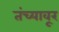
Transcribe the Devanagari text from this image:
तंच्यावूर